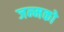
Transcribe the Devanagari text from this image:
जन्मको